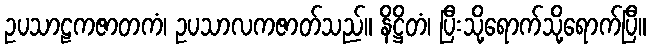
ဥပသာဠကဇာတကံ၊ ဥပသာလကဇာတ်သည်။ နိဋ္ဌိတံ၊ ပြီးသို့ရောက်သို့ရောက်ပြီ။